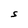
Character: S